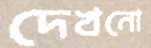
দেখনো